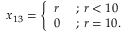
x _ { 1 3 } = { \left\{ \begin{array} { l l } { r } & { { \mathrm { ~ ; ~ } } r < 1 0 } \\ { 0 } & { { \mathrm { ~ ; ~ } } r = 1 0 . } \end{array} \right. }